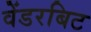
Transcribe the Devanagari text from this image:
वेंडरबिट